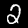
Label: 2